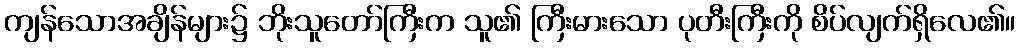
ကျန်သောအချိန်များ၌ ဘိုးသူတော်ကြီးက သူ၏ ကြီးမားသော ပုတီးကြီးကို စိပ်လျက်ရှိလေ၏။